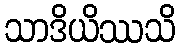
သာဒိယိဿသိ